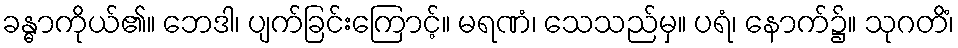
ခန္ဓာကိုယ်၏။ ဘေဒါ၊ ပျက်ခြင်းကြောင့်။ မရဏံ၊ သေသည်မှ။ ပရံ၊ နောက်၌။ သုဂတိံ၊